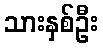
သားနှစ်ဦး